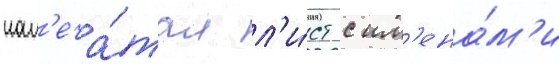
нап'еча́тал л'и́ст с им'ена́м'и